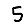
Digit: 5